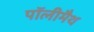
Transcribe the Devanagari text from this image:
पॉलीमैथ